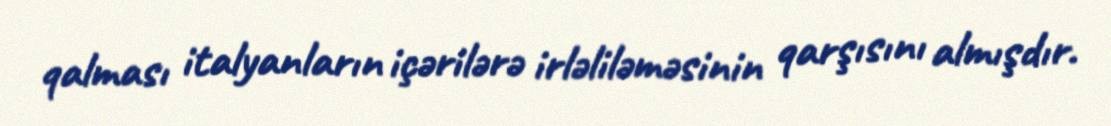
qalması italyanların içərilərə irləliləməsinin qarşısını almışdır.